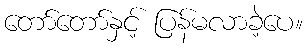
တော်တော်နှင့် ပြန်မလာခဲ့ပေ။